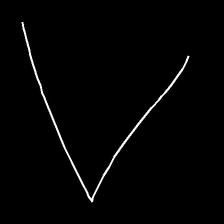
Glyph: region